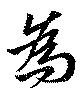
爲